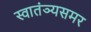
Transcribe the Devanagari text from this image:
स्वातंञ्यसमर